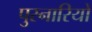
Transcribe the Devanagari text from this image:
पुरनारियों